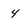
Character: 4